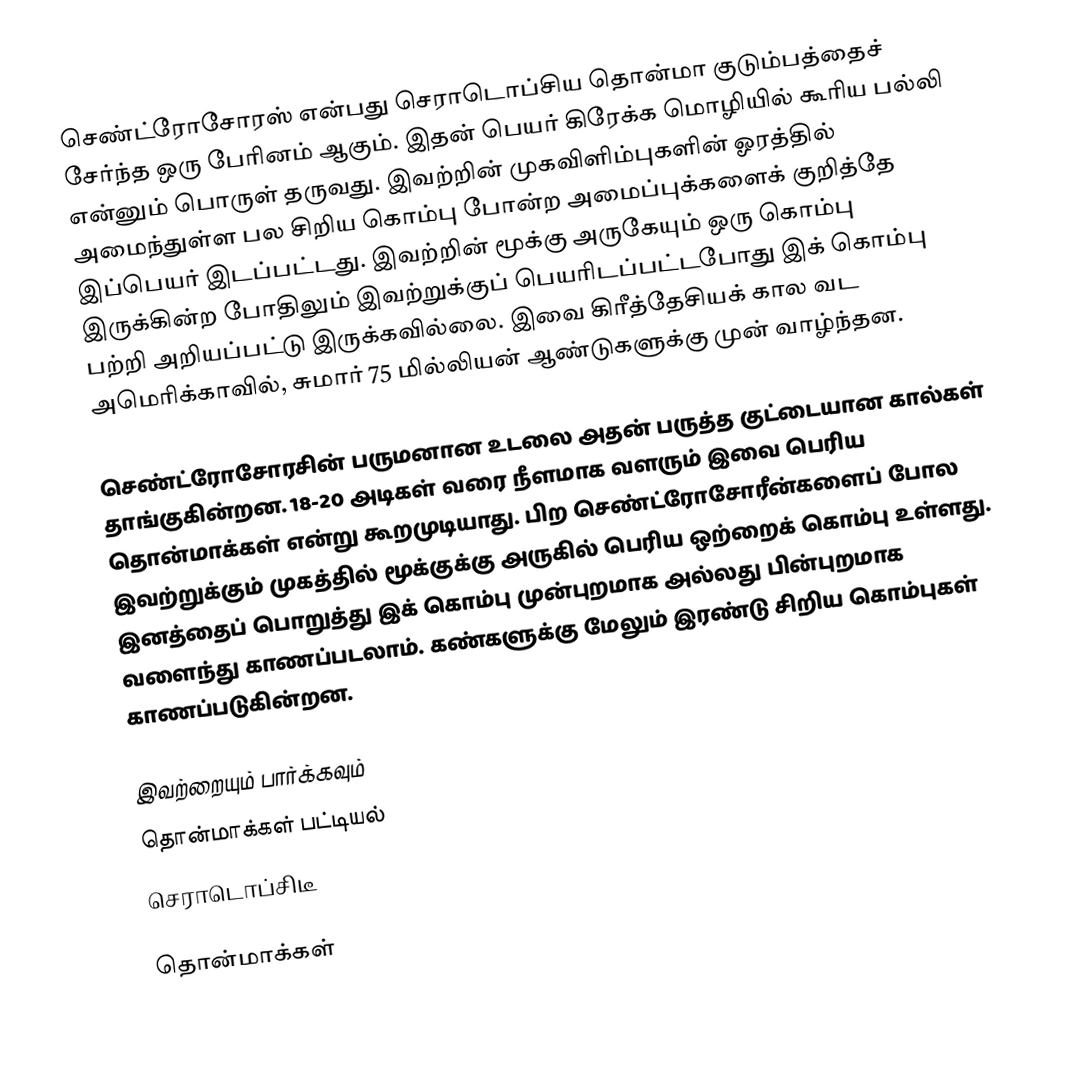
செண்ட்ரோசோரஸ் என்பது செராடொப்சிய தொன்மா குடும்பத்தைச் சேர்ந்த ஒரு பேரினம் ஆகும். இதன் பெயர் கிரேக்க மொழியில் கூரிய பல்லி என்னும் பொருள் தருவது. இவற்றின் முகவிளிம்புகளின் ஓரத்தில் அமைந்துள்ள பல சிறிய கொம்பு போன்ற அமைப்புக்களைக் குறித்தே இப்பெயர் இடப்பட்டது. இவற்றின் மூக்கு அருகேயும் ஒரு கொம்பு இருக்கின்ற போதிலும் இவற்றுக்குப் பெயரிடப்பட்டபோது இக் கொம்பு பற்றி அறியப்பட்டு இருக்கவில்லை. இவை கிரீத்தேசியக் கால வட அமெரிக்காவில், சுமார் 75 மில்லியன் ஆண்டுகளுக்கு முன் வாழ்ந்தன.

செண்ட்ரோசோரசின் பருமனான உடலை அதன் பருத்த குட்டையான கால்கள் தாங்குகின்றன. 18-20 அடிகள் வரை நீளமாக வளரும் இவை பெரிய தொன்மாக்கள் என்று கூறமுடியாது. பிற செண்ட்ரோசோரீன்களைப் போல இவற்றுக்கும் முகத்தில் மூக்குக்கு அருகில் பெரிய ஒற்றைக் கொம்பு உள்ளது. இனத்தைப் பொறுத்து இக் கொம்பு முன்புறமாக அல்லது பின்புறமாக வளைந்து காணப்படலாம். கண்களுக்கு மேலும் இரண்டு சிறிய கொம்புகள் காணப்படுகின்றன.

இவற்றையும் பார்க்கவும்
 தொன்மாக்கள் பட்டியல்
 செராடொப்சிடீ

தொன்மாக்கள்